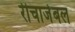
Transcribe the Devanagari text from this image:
रीचार्जेबल